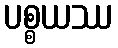
ပစ္စယဿ